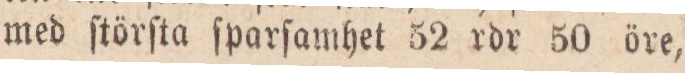
med ſtörſta ſparſamhet 52 rdr 50 öre,